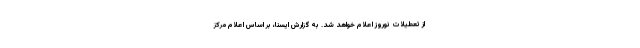
از تعطیلات نوروز اعلام خواهد شد. به گزارش ایسنا، بر اساس اعلام مرکز